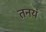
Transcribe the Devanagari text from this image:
तनयं